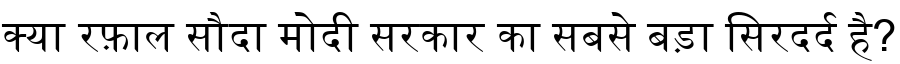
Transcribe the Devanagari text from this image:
क्या रफ़ाल सौदा मोदी सरकार का सबसे बड़ा सिरदर्द है?